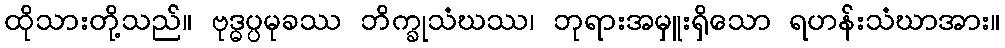
ထိုသားတို့သည်။ ဗုဒ္ဓပ္ပမုခဿ ဘိက္ခုသံဃဿ၊ ဘုရားအမှူးရှိသော ရဟန်းသံဃာအား။